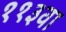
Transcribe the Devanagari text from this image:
११३वा